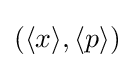
(\langle x\rangle ,\langle p\rangle )